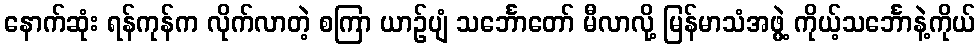
နောက်ဆုံး ရန်ကုန်က လိုက်လာတဲ့ စကြာ ယာဉ်ပျံ သင်္ဘောတော် မီလာလို့ မြန်မာသံအဖွဲ့ ကိုယ့်သင်္ဘောနဲ့ကိုယ်